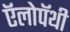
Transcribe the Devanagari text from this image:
ऍलोपॅथी